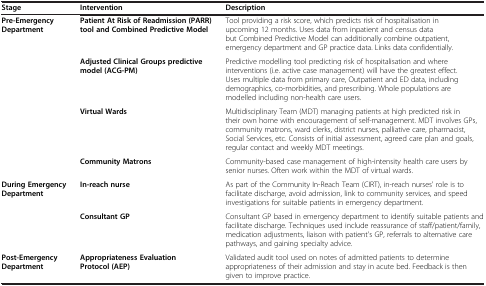
<table><thead><tr><td><b>Stage</b></td><td><b>Intervention</b></td><td><b>Description</b></td></tr></thead><tbody><tr><td><b>Pre-Emergency Department</b></td><td><b>Patient At Risk of Readmission (PARR) tool and Combined Predictive Model</b></td><td>Tool providing a risk score, which predicts risk of hospitalisation in upcoming 12 months. Uses data from inpatient and census data but Combined Predictive Model can additionally combine outpatient, emergency department and GP practice data. Links data confidentially.</td></tr><tr><td> </td><td><b>Adjusted Clinical Groups predictive model (ACG-PM)</b></td><td>Predictive modelling tool predicting risk of hospitalisation and where interventions (i.e. active case management) will have the greatest effect. Uses multiple data from primary care, Outpatient and ED data, including demographics, co-morbidities, and prescribing. Whole populations are modelled including non-health care users.</td></tr><tr><td> </td><td><b>Virtual Wards</b></td><td>Multidisciplinary Team (MDT) managing patients at high predicted risk in their own home with encouragement of self-management. MDT involves GPs, community matrons, ward clerks, district nurses, palliative care, pharmacist, Social Services, etc. Consists of initial assessment, agreed care plan and goals, regular contact and weekly MDT meetings.</td></tr><tr><td> </td><td><b>Community Matrons</b></td><td>Community-based case management of high-intensity health care users by senior nurses. Often work within the MDT of virtual wards.</td></tr><tr><td><b>During Emergency Department</b></td><td><b>In-reach nurse</b></td><td>As part of the Community In-Reach Team (CIRT), in-reach nurses&#x27; role is to facilitate discharge, avoid admission, link to community services, and speed investigations for suitable patients in emergency department.</td></tr><tr><td> </td><td><b>Consultant GP</b></td><td>Consultant GP based in emergency department to identify suitable patients and facilitate discharge. Techniques used include reassurance of staff/patient/family, medication adjustments, liaison with patient&#x27;s GP, referrals to alternative care pathways, and gaining specialty advice.</td></tr><tr><td><b>Post-Emergency Department</b></td><td><b>Appropriateness Evaluation Protocol (AEP)</b></td><td>Validated audit tool used on notes of admitted patients to determine appropriateness of their admission and stay in acute bed. Feedback is then given to improve practice.</td></tr></tbody></table>